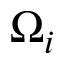
\Omega _ { i }